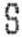
S